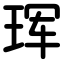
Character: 珲